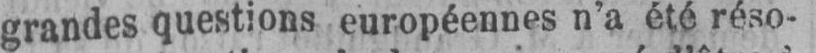
grandes questions européennes n’a été réso-